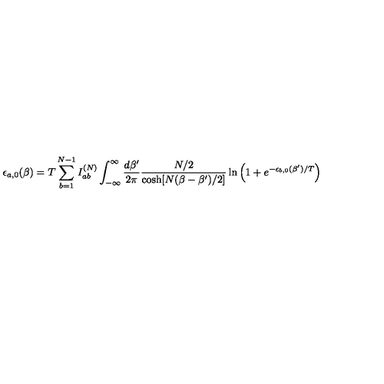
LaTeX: \epsilon _ { a , 0 } ( \beta ) = T \sum _ { b = 1 } ^ { N - 1 } I _ { a b } ^ { ( N ) } \int _ { - \infty } ^ { \infty } \frac { d \beta ^ { \prime } } { 2 \pi } \frac { N / 2 } { \cosh [ N ( \beta - \beta ^ { \prime } ) / 2 ] } \ln \left( 1 + e ^ { - \epsilon _ { b , 0 } ( \beta ^ { \prime } ) / T } \right)